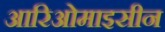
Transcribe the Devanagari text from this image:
आरिओमाइसीन